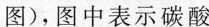
图)，图中表示碳酸